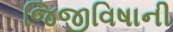
જિજીવિષાની